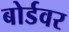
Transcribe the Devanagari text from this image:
बोर्डवर